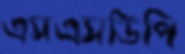
এসএসডিপি